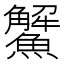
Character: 𩼠